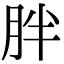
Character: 胖